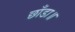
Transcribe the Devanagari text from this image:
छाँडा॥